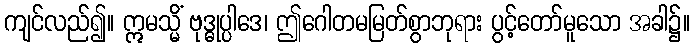
ကျင်လည်၍။ ဣမသ္မိံ ဗုဒ္ဓုပ္ပါဒေ၊ ဤဂေါတမမြတ်စွာဘုရား ပွင့်တော်မူသော အခါ၌။